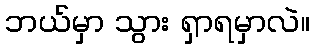
ဘယ်မှာ သွား ရှာရမှာလဲ။